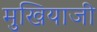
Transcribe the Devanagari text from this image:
मुखियाजी